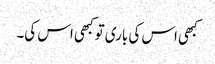
کبھی اس کی باری تو کبھی اس کی۔